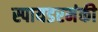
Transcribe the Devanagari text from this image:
स्पायडरमंकी